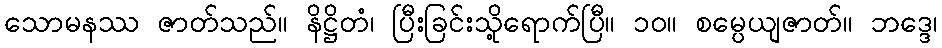
သောမနဿ ဇာတ်သည်။ နိဋ္ဌိတံ၊ ပြီးခြင်းသို့ရောက်ပြီ။ ၁၀။ စမ္ပေယျဇာတ်။ ဘဒ္ဒေ၊